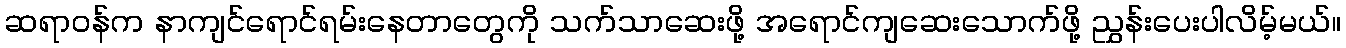
ဆရာဝန်က နာကျင်ရောင်ရမ်းနေတာတွေကို သက်သာဆေးဖို့ အရောင်ကျဆေးသောက်ဖို့ ညွှန်းပေးပါလိမ့်မယ်။